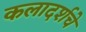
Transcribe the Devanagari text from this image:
कलादर्शचे